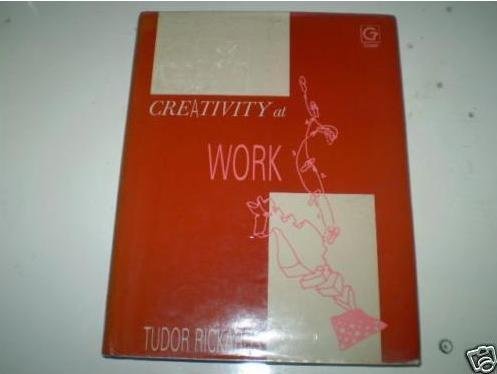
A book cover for Creativity at Work; Tudor Rickards; Business & Money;